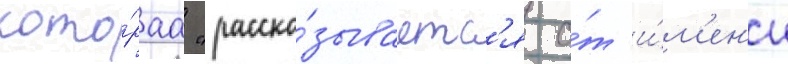
кото́раа "расска́зываетс'я о́т и́м'ен'и